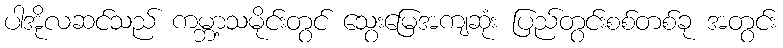
ပါအိုလဆင်သည် ကမ္ဘာ့သမိုင်းတွင် သွေးမြေအကျဆုံး ပြည်တွင်းစစ်တစ်ခု အတွင်း